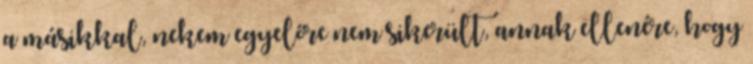
a másikkal, nekem egyelőre nem sikerült, annak ellenére, hogy